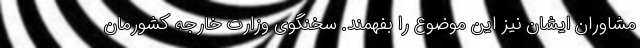
مشاوران ایشان نیز این موضوع را بفهمند. سخنگوی وزارت خارجه کشورمان